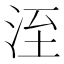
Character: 洷